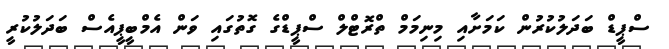
ސްޕީޑް ބަދަލުކުރުން ކަމަށާއި މިނިމަމް ތްރޮޓްލް ސްޕީޑްގެ ގޮތުގައި ވަން އެމްބީޕީއެސް ބަދަލުކުރީ